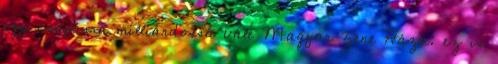
egy csapásra milliárdossá vált Magyar Zene Háza: ez is